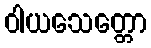
ဝါယသေတ္တော